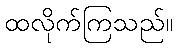
ထလိုက်ကြသည်။